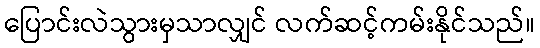
ပြောင်းလဲသွားမှသာလျှင် လက်ဆင့်ကမ်းနိုင်သည်။